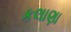
કલાણા